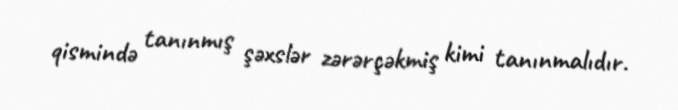
qismində tanınmış şəxslər zərərçəkmiş kimi tanınmalıdır.